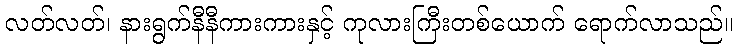
လတ်လတ်၊ နားရွက်နီနီကားကားနှင့် ကုလားကြီးတစ်ယောက် ရောက်လာသည်။